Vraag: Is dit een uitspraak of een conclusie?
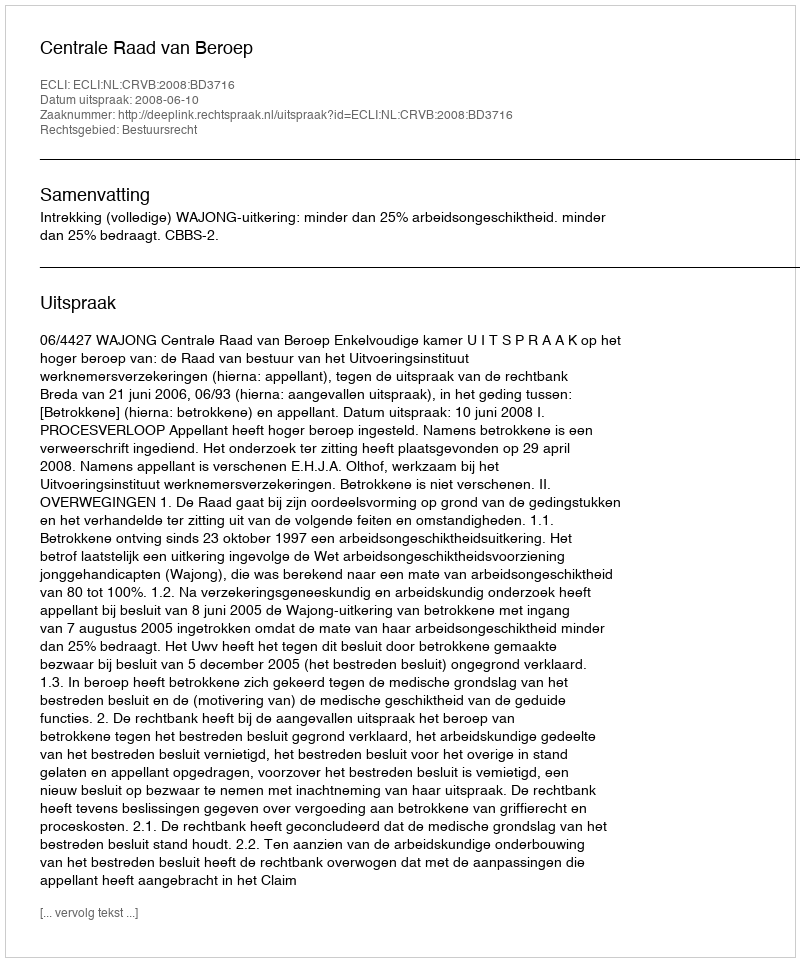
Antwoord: Uitspraak